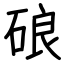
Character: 硠